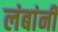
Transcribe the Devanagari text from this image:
लंबांनी